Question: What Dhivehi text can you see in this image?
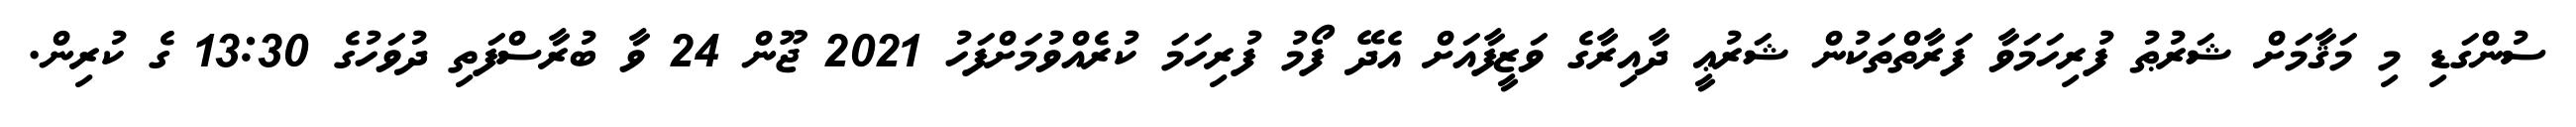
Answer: ސުންގަޑި މި މަޤާމަށް ޝަރުޠު ފުރިހަމަވާ ފަރާތްތަކުން ޝަރުޢީ ދާއިރާގެ ވަޒީފާއަށް އެދޭ ފޯމު ފުރިހަމަ ކުރެއްވުމަށްފަހު 2021 ޖޫން 24 ވާ ބުރާސްފަތި ދުވަހުގެ 13:30 ގެ ކުރިން.